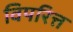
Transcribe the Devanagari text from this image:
विपरित्त